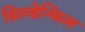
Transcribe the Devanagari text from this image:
सिल्डेन्फिल